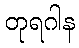
တုရဂါန